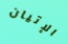
الإتيان